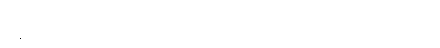
သန်းချီ အဖြစ်တာဝန်ယူခဲ့သည် ရှက်ကြောက်မည်အကြောင်း သိမ်းပိုက်မှုများ မမဖွေးကို